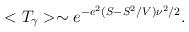
LaTeX: \begin{align*}<T_{\gamma }>\sim e^{-e^2(S-S^2/V)\nu^2/2}.\end{align*}